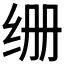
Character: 𮶁